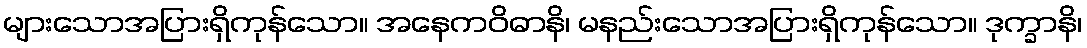
များသောအပြားရှိကုန်သော။ အနေကဝိဓာနိ၊ မနည်းသောအပြားရှိကုန်သော။ ဒုက္ခာနိ၊